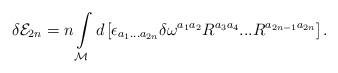
LaTeX: \begin{align*}\delta {\cal E}_{2n}=n\int\limits_{{\cal M}}d\left[ \epsilon_{a_{1}...a_{2n}}\delta \omega^{a_{1}a_{2}}R^{a_{3}a_{4}}...R^{a_{2n-1}a_{2n}}\right] .\end{align*}